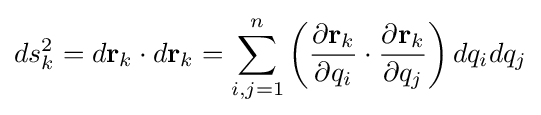
ds_{k}^{2}=d\mathbf {r} _{k}\cdot d\mathbf {r} _{k}=\sum _{i,j=1}^{n}\left({\frac {\partial \mathbf {r} _{k}}{\partial q_{i}}}\cdot {\frac {\partial \mathbf {r} _{k}}{\partial q_{j}}}\right)dq_{i}dq_{j}